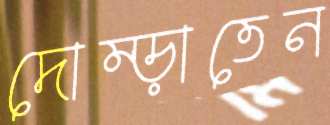
দোম্‌ড়াতেন